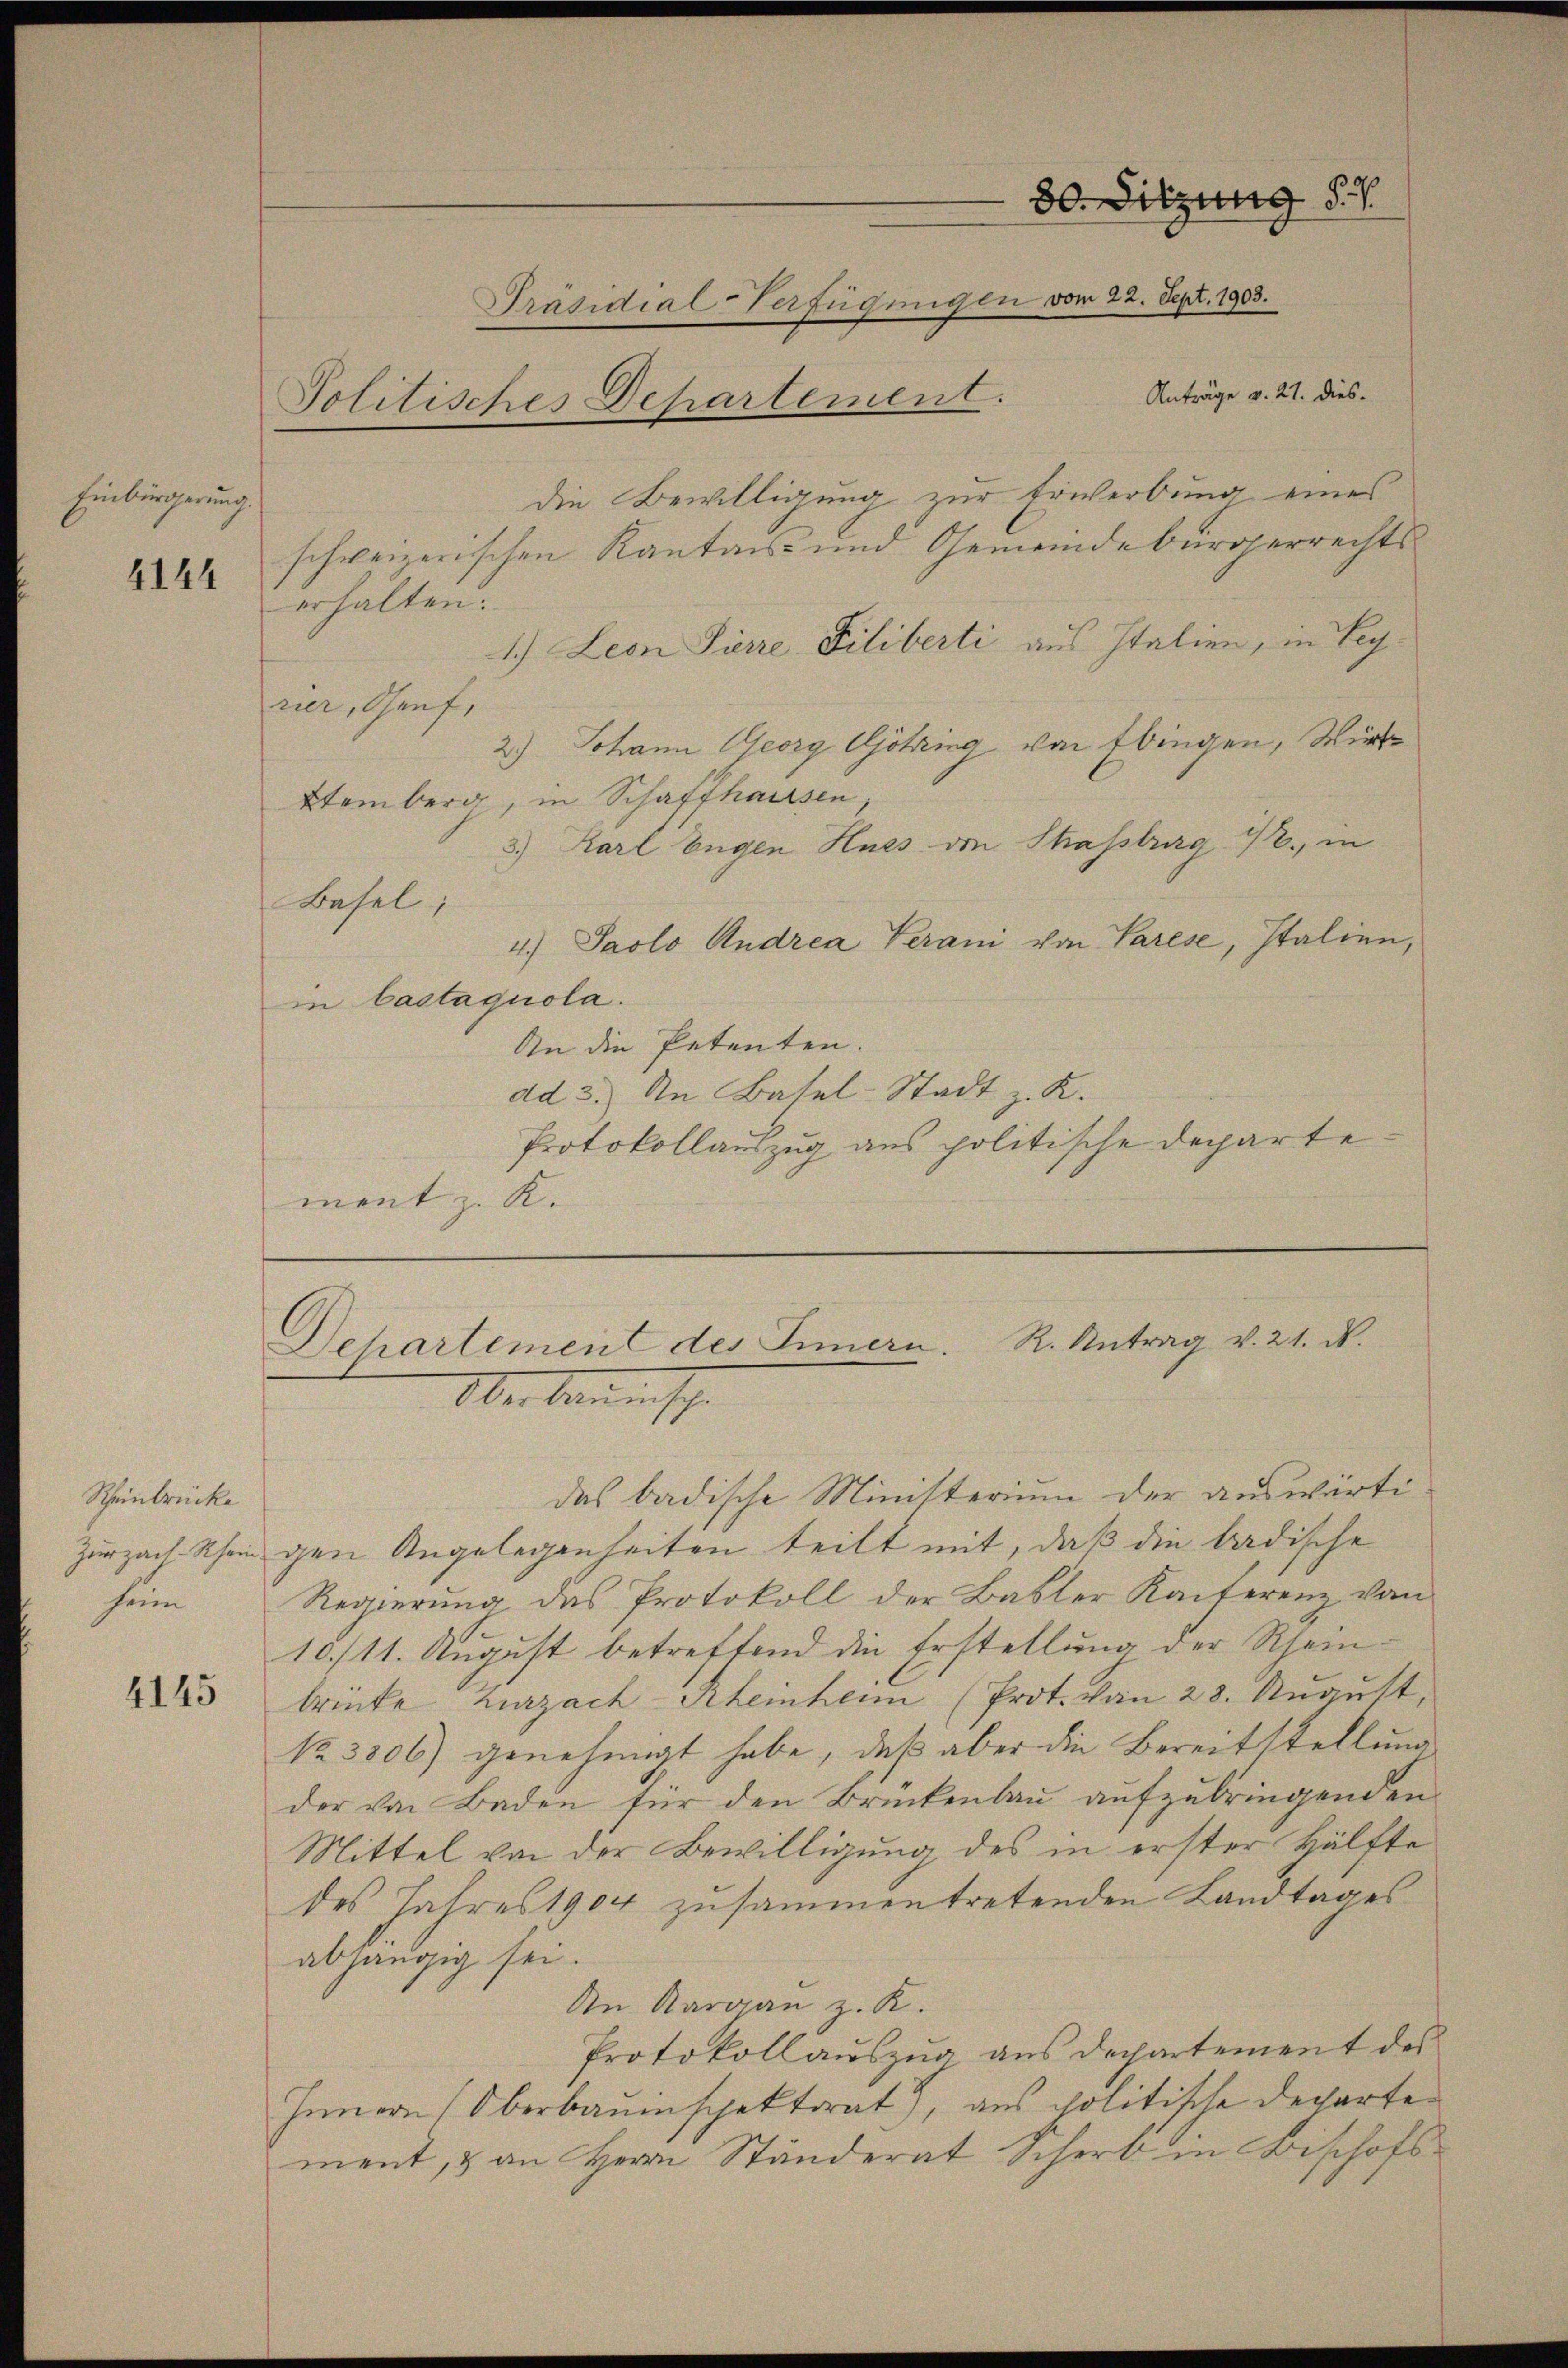
Einbürgerung.

4144

Rheinbrücke
Zurzach Rhein
heim

4145

Anträge v. 21. dies
schweizerischen Kantons- und Gemeindebürgerrechts
erhalten.
1.) Leon Pierre Filiberti aus Italien, in Beg
rier, Genf,
2.) Johann Georg Götzing von Ebingen, Wirk¬
Etemberg, in Schaffhausen
3.) Karl Eugen Hues von Shassburg 1., in
Basel;
4.) Paolo Andrea Verani von Parese, Italien,
in Castaquola.
An die Petenten.
dd 3.) An Basel-Stadt z. K.
Protokollauszug aus politische Departement z. K.

Politisches Departement.

80. Sitzung 51.
Präsidial-Verfügungen vom 22. Sept. 1903.

die Bewilligung zur Erwerbung eines

Dehartement des Innern. R. Antrag v. 21. d.
Oberbauensche

das badische Ministerium der auswärtigen Angelegenheiten teilt mit, daß die badische
Regierung, das Protokoll der Basler Kaiferenz von
10./11. August betreffend die Erstellung der Rheinbrüke Zurzach-Rheinheim (Prot. von 28. Aŭgŭst,
No. 3506) genehmigt habe, daß aber die Bereitstellung
der von Baden für den Brückenbau aufzubringenden
Mittel von der Bewilligung des in erster Hälfte
des Jahres 1904 zusammentretenden Landtages
abhängig sei.
An Aargau z. K.
Protokollauszug aus Departement des
Innern Oberbauinspektorat, aus politische Departement, & an Herrn Ständerat Scher in Bischofs¬